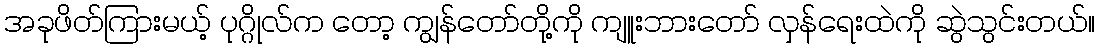
အခုဖိတ်ကြားမယ့် ပုဂ္ဂိုလ်က တော့ ကျွန်တော်တို့ကို ကျူးဘားတော် လှန်ရေးထဲကို ဆွဲသွင်းတယ်။